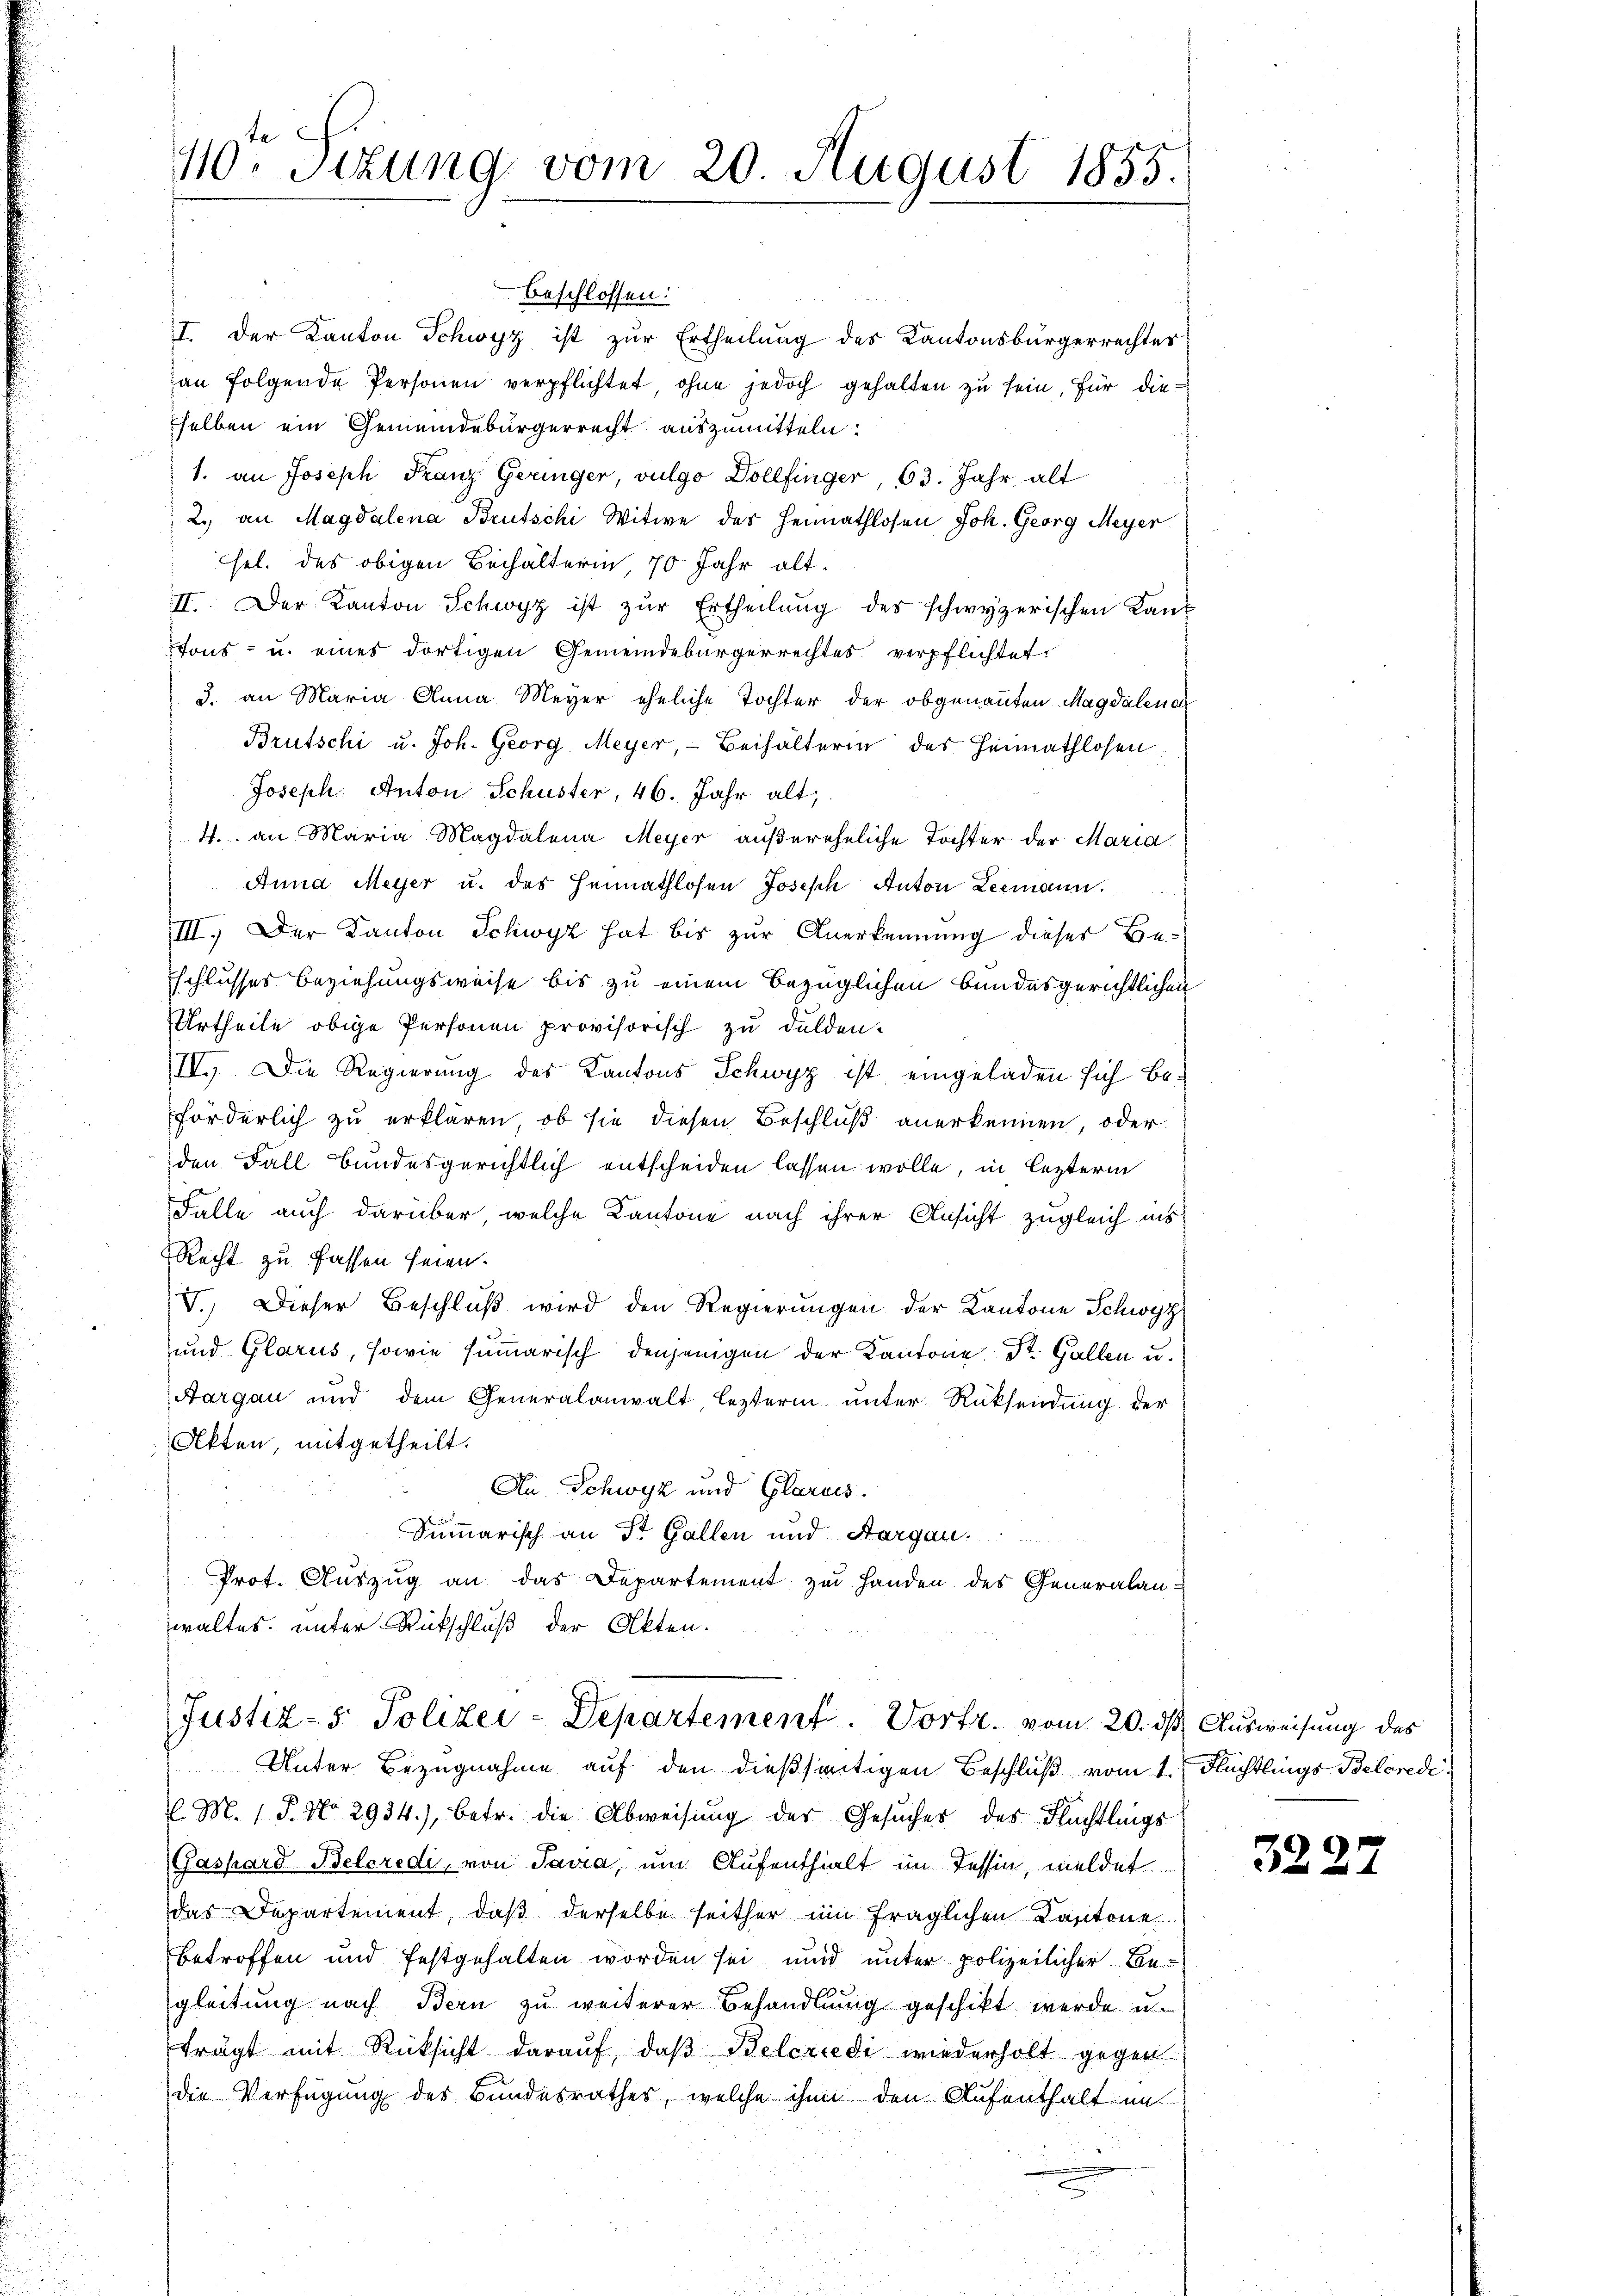
110. Situng vom 20. August 1855.

beschlossen:
I. Der Kanton Schwyz ist zur Ertheilung des Kantonsbürgerrechter
an folgende Personen verpflichtet, ohne jedoch gehalten zu sein, für die
selben ein Gemeindebürgerrecht auszumitteln.
1. an Joseph Franz Geringer, vulgo Dollfinger, 63. Jahr alt
2. an Magdalena Brutschi Witwe des Heimathlosen Joh. Georg Meyer
hel. des obigen Behälterin, 70 Jahr alt-
II. Der Kanton Schwyz ist zŭr Ertheilŭng des schwyzerischen Lantons- u. eines dortigen Gemeindebürgerrechtes verpflichtet.
3. an Maria Anna Meyer eheliche Tochter der obgenannten Magdalena
Brütschi u. Joh. Georg, Meyer, Beihalterin des Heimathlosen
Joseph. Anton Schuster, 46. Jahr alt,
4. an Maria Magdalena Meyer außereheliche Tochter der Maria
Anna Meyer u. das Heimathlosen Joseph Anton Leemann.
III. Der Kanton Schwyz hat bis zur Anerkennung dieser Beschlusses Beziehungsweise bis zu einem bezüglichen bundesgerichtlichen
Urtheile obige Personen provisorisch zu dulden.
IV. Die Regierung des Kantons Schwyz ist eingeladen sich beförderlich zu erklären, ob sie diesen Beschluß anerkennen, oder
den Fall Bundesgerichtlich entscheiden lassen wolle, in lezterm
Falle auch darüber welche Kantone nach ihrer Ansicht zugleich ins
Recht zu fassen seien.
V. Dieser Beschluß wird den Regierungen der Kantone Schwyz
und Glarus, sowie summarisch denjenigen der Kantone St. Gallen u.
Aargau und dem Generalanwalt, lezterm unter Rücksendung der
Akten, mitgetheilt.
An Schwyz und Glarus.
Summarisch an Dr. Gallen und Aargau.
 Prot. Aŭszŭg an das Departement zu Handen des Generalan-
waltes unter Rückschluß der Akten.

Justiz- & Polizei-Departement. Vortr. vom 20.

Unter Bezugnahme auf den dießseitigen Beschluß vom 1. Flüchtlings Belcredi
l. M. 1 S. No 2934), betr. die Abweisung der Gesuches des Flüchtlings
Gaspard Beleredi, von Savia, um Aufenthalt im Tessin, meldet
das Departement, daß derselbe seither im fraglichen Cantone
betroffen und festgehalten worden sei und unter polizeilicher Be-
gleitung nach Bern zu weiterer Behandlung geschikt werde u.
fragt mit Rücksicht daraŭf, daβ Belcredi wiederholt gegen
die Verfügung des Bundesrathes, welche ihm den Aufenthalt in

dß Ausweisung des

3222